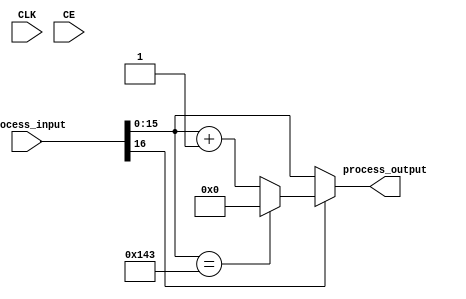
module incif_wrapuint16_323_incnil(input CLK, input CE, input [16:0] process_input, output [15:0] process_output);
parameter INSTANCE_NAME="INST";
  wire [15:0] unnamedcast3810USEDMULTIPLEcast;assign unnamedcast3810USEDMULTIPLEcast = (process_input[15:0]); 
  assign process_output = (((process_input[16]))?((({(unnamedcast3810USEDMULTIPLEcast==(16'd323))})?((16'd0)):({(unnamedcast3810USEDMULTIPLEcast+(16'd1))}))):(unnamedcast3810USEDMULTIPLEcast));
endmodule